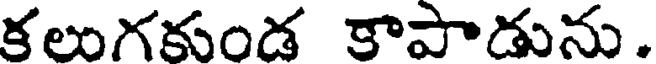
కలుగకుండ కాపాడును.